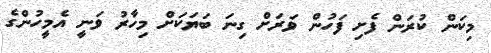
މިކަން ކުރަން ފެށި ފަހުން ވަރަށް ގިނަ ބަޔަކަށް މިހާރު ވަނީ އެމީހުންގެ